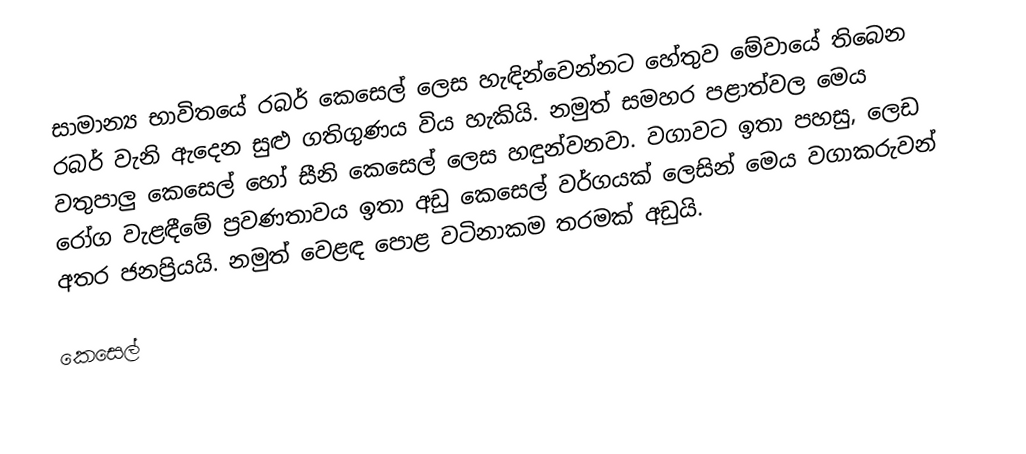
සාමාන්‍ය භාවිතයේ රබර් කෙසෙල් ලෙස හැඳින්වෙන්නට හේතුව මේවායේ තිබෙන රබර් වැනි ඇදෙන සුළු ගතිගුණය විය හැකියි. නමුත් සමහර පළාත්වල මෙය වතුපාලු කෙසෙල් හෝ සීනි කෙසෙල් ලෙස හඳුන්වනවා. වගාවට ඉතා පහසු, ලෙඩ රෝග වැළඳීමේ ප්‍රවණතාවය ඉතා අඩු කෙසෙල් වර්ගයක් ලෙසින් මෙය වගාකරුවන් අතර ජනප්‍රියයි. නමුත් වෙළඳ පොළ වටිනාකම තරමක් අඩුයි.

කෙසෙල්